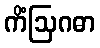
ကိံဩဂဓာ